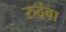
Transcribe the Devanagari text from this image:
रुद्रंबा